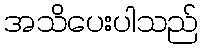
အသိပေးပါသည်